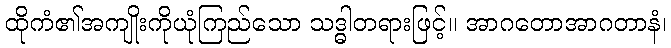
ထိုကံ၏အကျိုးကိုယုံကြည်သော သဒ္ဓါတရားဖြင့်။ အာဂတောအာဂတာနံ၊